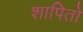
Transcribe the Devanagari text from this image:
शापितो